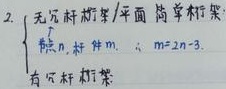
2. 无冗杆桁架/平面简单桁架：节点\(n\)，杆件\(m\)，\(\therefore m = 2n - 3\)。
有冗杆桁架